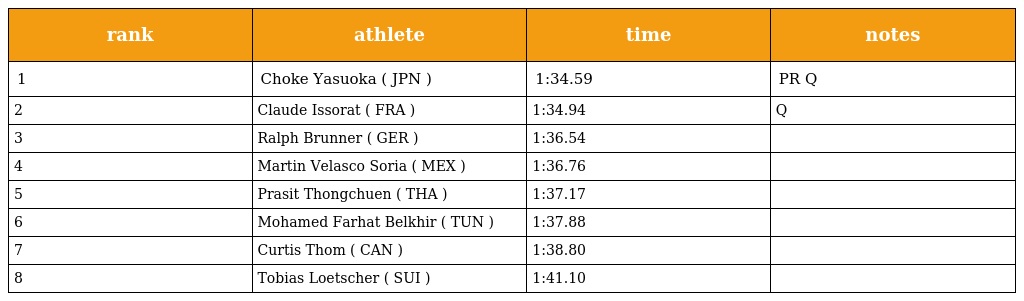
| rank | athlete | time | notes |
 | --- | --- | --- | --- |
 | 1 | Choke Yasuoka ( JPN ) | 1:34.59 | PR Q |
 | 2 | Claude Issorat ( FRA ) | 1:34.94 | Q |
 | 3 | Ralph Brunner ( GER ) | 1:36.54 |  |
 | 4 | Martin Velasco Soria ( MEX ) | 1:36.76 |  |
 | 5 | Prasit Thongchuen ( THA ) | 1:37.17 |  |
 | 6 | Mohamed Farhat Belkhir ( TUN ) | 1:37.88 |  |
 | 7 | Curtis Thom ( CAN ) | 1:38.80 |  |
 | 8 | Tobias Loetscher ( SUI ) | 1:41.10 |  |